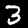
Label: 3